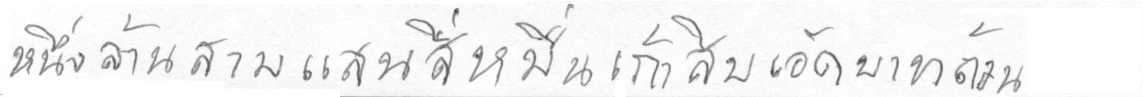
หนึ่งล้านสามแสนสี่หมื่นเก้าสิบเอ็ดบาทถ้วน